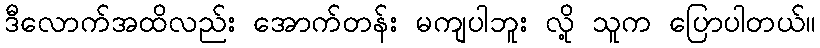
ဒီလောက်အထိလည်း အောက်တန်း မကျပါဘူး လို့ သူက ပြောပါတယ်။